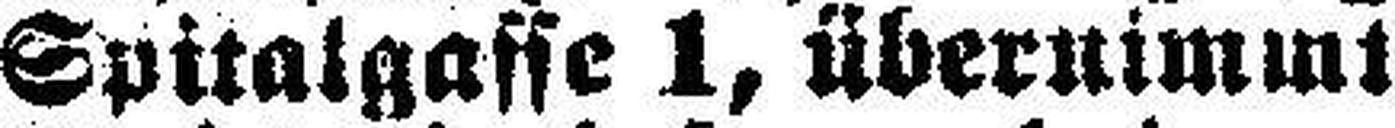
Spitalgasse 1, übernimmt